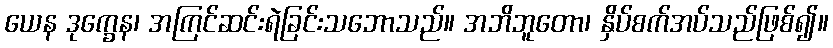
ယေန ဒုက္ခေန၊ အကြင်ဆင်းရဲခြင်းသဘောသည်။ အဘိဘူတော၊ နှိပ်စက်အပ်သည်ဖြစ်၍။